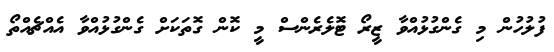
ފުލުހުން މި ގެންގުޅުއްވާ ޒީރޯ ޓޮލެރެންސް މީ ކޮން ގޮތަކަށް ގެންގުޅުއްވާ އެއްޗެއްތޯ